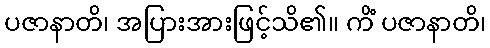
ပဇာနာတိ၊ အပြားအားဖြင့်သိ၏။ ကိံ ပဇာနာတိ၊